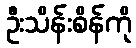
ဦးသိန်းစိန်ကို